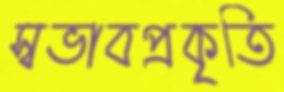
স্বভাবপ্রকৃতি